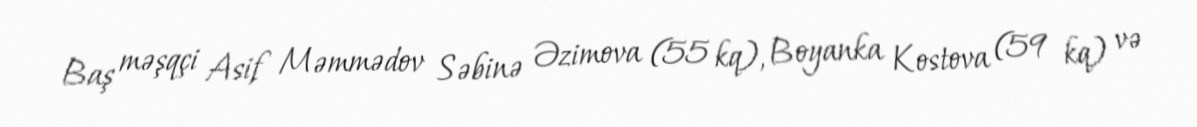
Baş məşqçi Asif Məmmədov Səbinə Əzimova (55 kq), Boyanka Kostova (59 kq) və